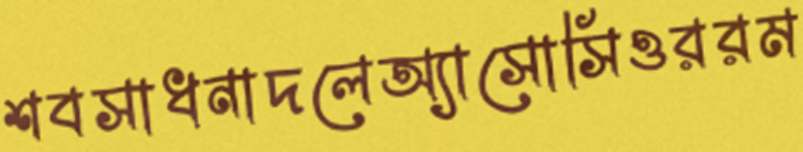
শবসাধনাদলেঅ্যাসোসিওররম